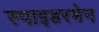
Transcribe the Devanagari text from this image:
स्पाइडरमेन